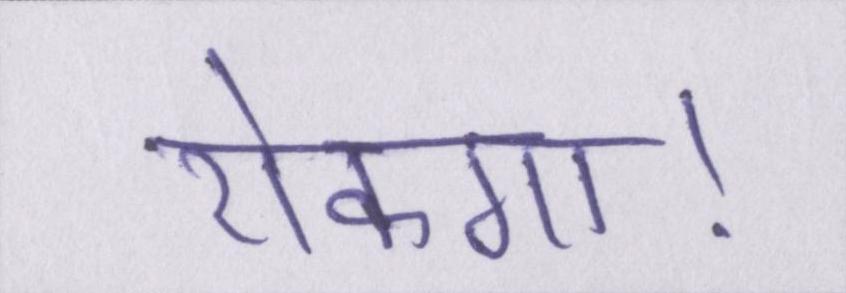
रोकगा।